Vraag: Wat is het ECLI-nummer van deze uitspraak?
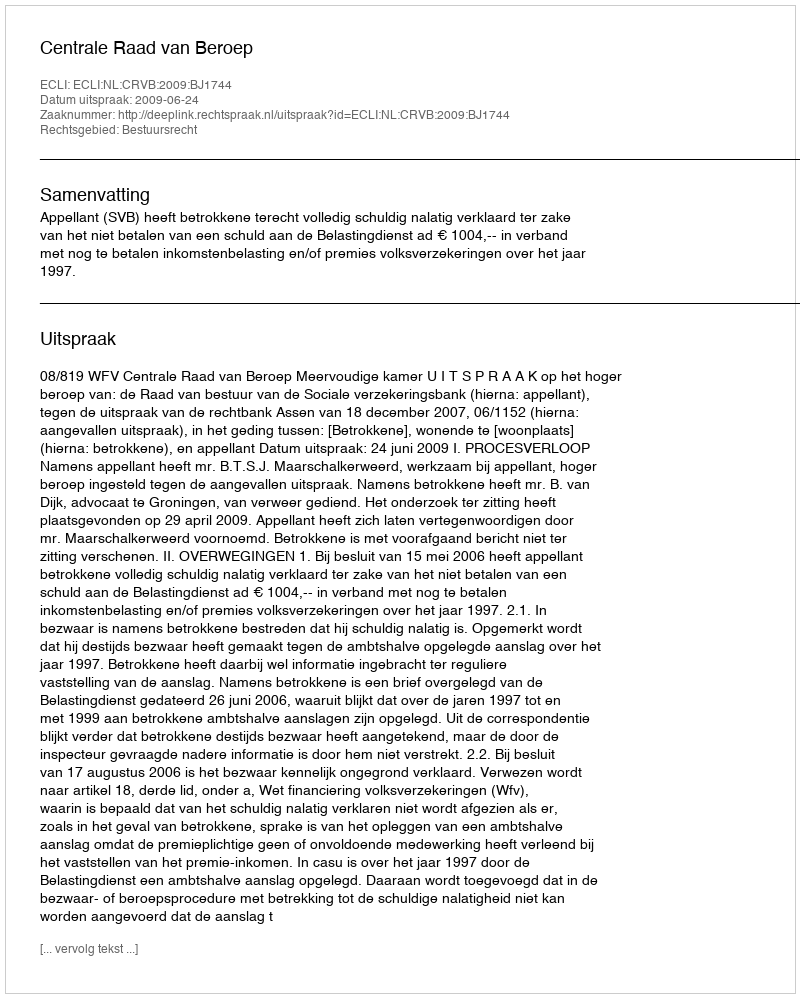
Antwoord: ECLI:NL:CRVB:2009:BJ1744